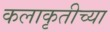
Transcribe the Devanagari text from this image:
कलाकृतीच्या